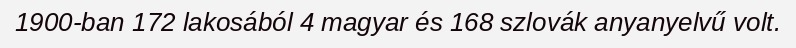
1900-ban 172 lakosából 4 magyar és 168 szlovák anyanyelvű volt.